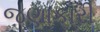
જણાકારી